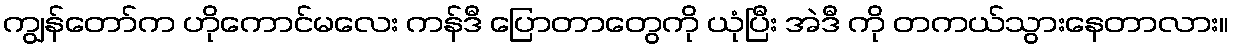
ကျွန်တော်က ဟိုကောင်မလေး ကန်ဒီ ပြောတာတွေကို ယုံပြီး အဲဒီ ကို တကယ်သွားနေတာလား။